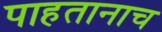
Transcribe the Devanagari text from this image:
पाहतानाच